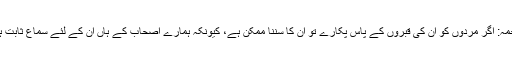
ترجمہ: اگر مردوں کو ان کی قبروں کے پاس پکارے تو ان کا سننا ممکن ہے، کیونکہ ہمارے اصحاب کے ہاں ان کے لئے سماع ثابت ہے۔